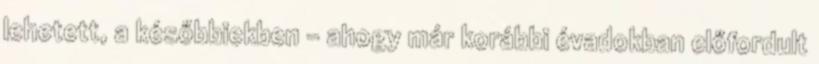
lehetett, a későbbiekben – ahogy már korábbi évadokban előfordult